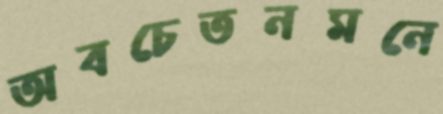
অবচেতনমনে